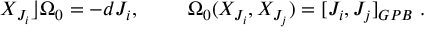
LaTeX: X _ { J _ { i } } \rfloor \Omega _ { 0 } = - d J _ { i } , ~ ~ ~ ~ ~ ~ ~ \Omega _ { 0 } ( X _ { J _ { i } } , X _ { J _ { j } } ) = [ J _ { i } , J _ { j } ] _ { G P B } ~ .